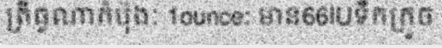
ត្រីធូណាកំប៉ុងៈ 1ounce: មាន66IUទឹកក្រូច